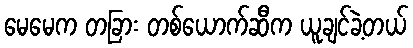
မေမေက တခြား တစ်ယောက်ဆီက ယူချင်ခဲ့တယ်